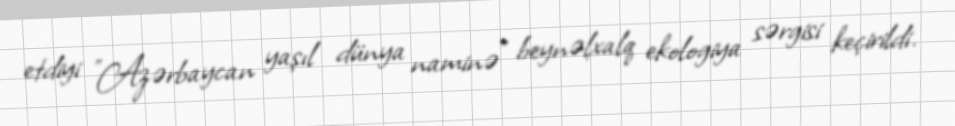
etdiyi "Azərbaycan yaşıl dünya naminə" beynəlxalq ekologiya sərgisi keçirildi.